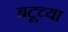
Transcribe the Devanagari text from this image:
बटूच्या